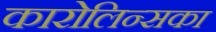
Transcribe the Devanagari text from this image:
कारोलिन्सका